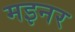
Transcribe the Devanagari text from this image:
मइनर